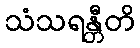
သံသရန္တီတိ